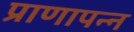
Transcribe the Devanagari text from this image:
प्राणापन्न